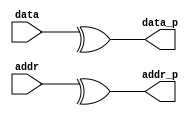
`timescale 1ns / 1ps
//////////////////////////////////////////////////////////////////////////////////
// Company: 
// Engineer: 
// 
// Design Name: 
// Module Name:    par_gen 
// Project Name: 
// Target Devices: 
// Tool versions: 
// Description: 
//
// Dependencies: 
//
// Revision: 
// Revision 0.01 - File Created
// Additional Comments: 
//
//////////////////////////////////////////////////////////////////////////////////
module par_gen(
    input [31:0] data,
    input [31:0] addr,
    output reg data_p,
    output reg addr_p
    );

always@(data,addr)
	begin
	data_p = ^data; 
	addr_p = ^addr;
	end

endmodule